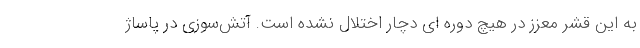
به این قشر معزز در هیچ دوره ای دچار اختلال نشده است. آتش‌سوزی در پاساژ